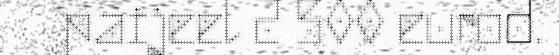
paijeel 2 500 eurod.